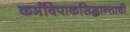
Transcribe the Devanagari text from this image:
कर्मविपाकसिद्धान्ताची